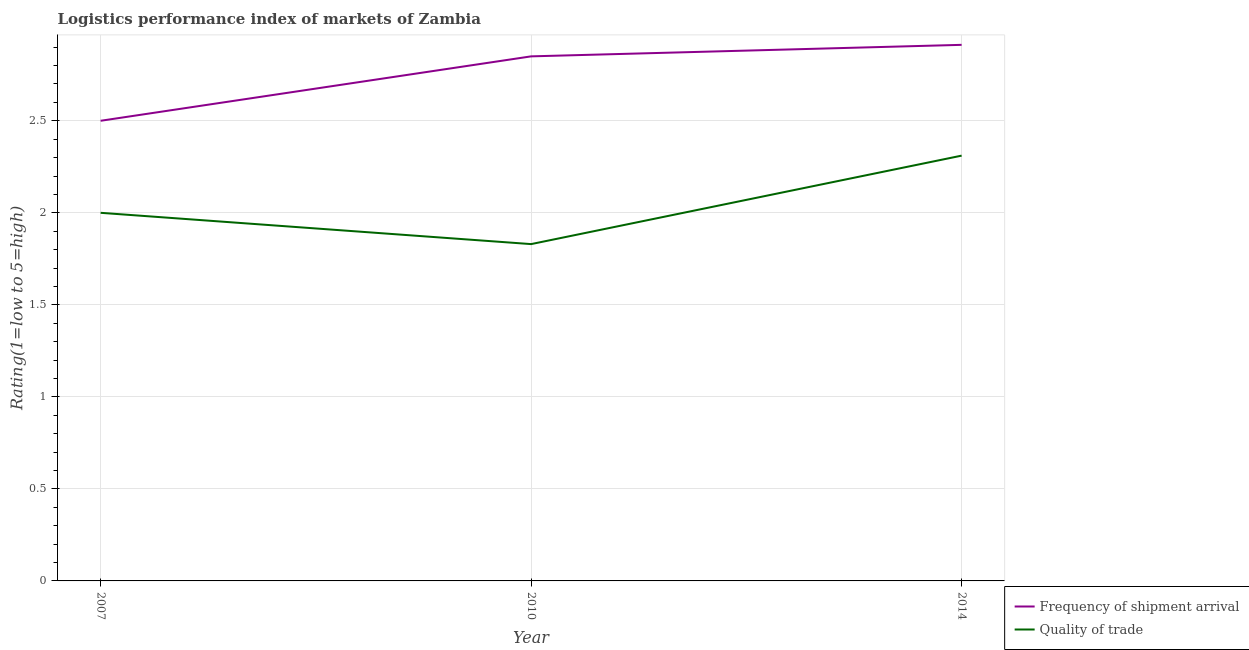
| Year | Frequency of shipment arrival | Quality of trade |
 | --- | --- | --- |
 | 2007 | 2.5 | 2 |
 | 2010 | 2.85 | 1.83 |
 | 2014 | 2.91 | 2.31 |